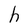
Character: h